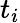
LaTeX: t_{i}